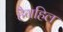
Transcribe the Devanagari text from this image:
हैगहिल